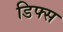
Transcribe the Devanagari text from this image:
डिफ्स